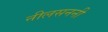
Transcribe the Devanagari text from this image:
नीलसननी